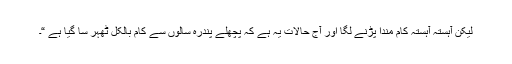
لیکن آہستہ آہستہ کام مندا پڑنے لگا اور آج حالات یہ ہے کہ پچھلے پندرہ سالوں سے کام بالکل ٹھہر سا گیا ہے “۔